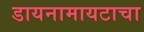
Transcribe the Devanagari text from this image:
डायनामायटाचा